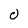
Character: 0